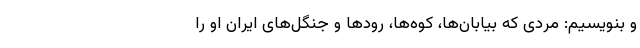
و بنویسیم: مردی که بیابان‌ها، کوه‌ها، رودها و جنگل‌های ایران او را